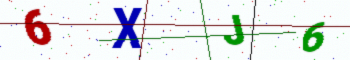
Text: 6XJ6